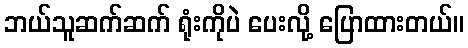
ဘယ်သူဆက်ဆက် ရုံးကိုပဲ ပေးလို့ ပြောထားတယ်။